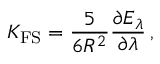
K _ { \mathrm { F S } } = \frac { 5 } { 6 R ^ { 2 } } \frac { \partial E _ { \lambda } } { \partial \lambda } \, ,